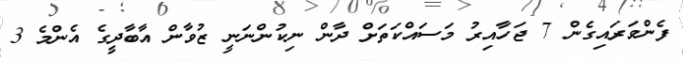
ފެންވަރައިގެން 7 ޖަހާއިރު މަސައްކަތަށް ދާން ނިކުންނަނީ ޒުވާން އާބާދީގެ އެންމެ 3